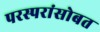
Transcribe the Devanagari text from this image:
परस्परांसोबत